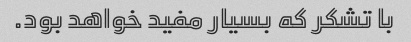
با تشکر که بسیار مفید خواهد بود.